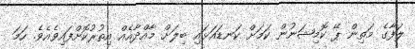
ލަފާގެ މަތިން ޕޭ ކޮމިޝަނުން ކަމަށް ކަނޑައަޅައި ބިލަށް މާއްދާއެއް އިތުރުކޮށްފައިވެއެވެ. ހަމަ